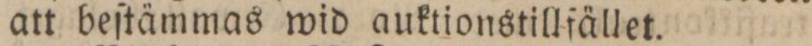
att beſtämmas wid auktionstillfället.